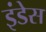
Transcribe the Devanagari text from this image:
इंडेस